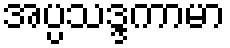
အပ္ပသဒ္ဒကာမာ